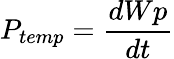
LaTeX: P_{temp}={\frac{dWp}{dt}}